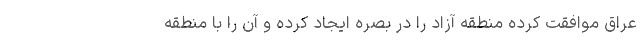
عراق موافقت کرده منطقه آزاد را در بصره ایجاد کرده و آن را با منطقه